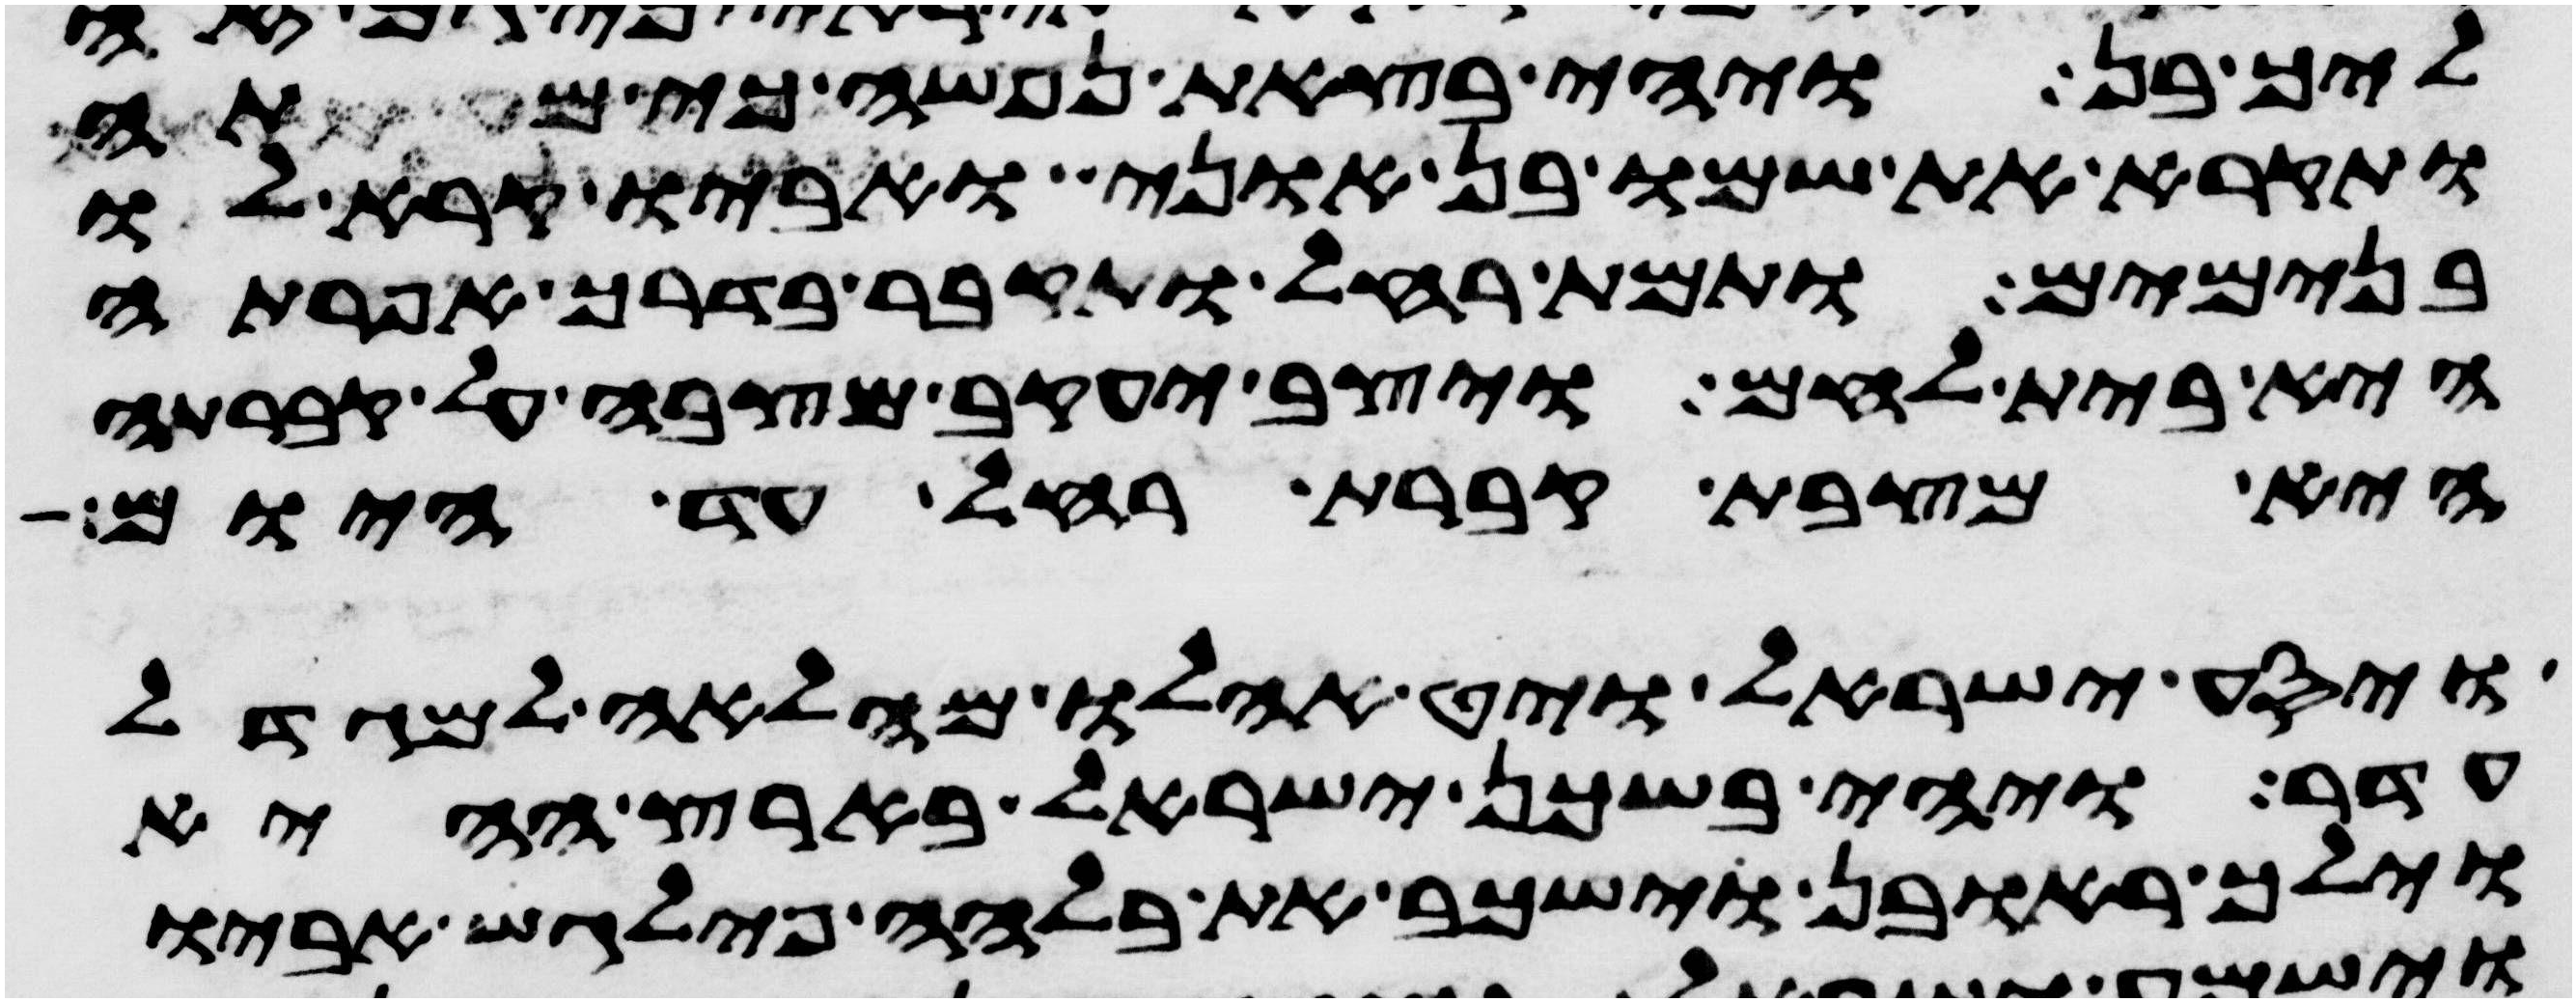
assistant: ליך בן ויהי בצאת נפשה כי מתה
ותקרא את שמו בן אוני ואביו קרא לו
בנימים ותמת רחל ותקבר בדרך אפרתה
היא בית לחם ויצב יעקב מצבה על קברתה
היא מצבת קברת רחל עד היום
ויסע ישראל ויט אהלו מהלאה למגדל
עדר ויהי בשכן ישראל בארץ ההיא
וילך ראובן וישכב את בלהה פילגש אביו